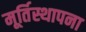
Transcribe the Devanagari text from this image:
मूर्तिस्थापना